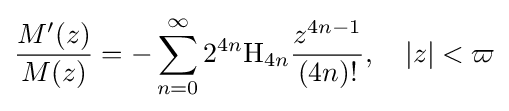
{\frac {M'(z)}{M(z)}}=-\sum _{n=0}^{\infty }2^{4n}\mathrm {H} _{4n}{\frac {z^{4n-1}}{(4n)!}},\quad \left|z\right|<\varpi